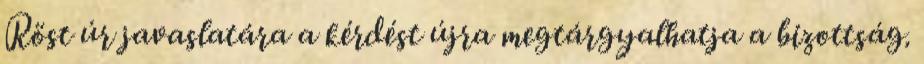
Röst úr javaslatára a kérdést újra megtárgyalhatja a bizottság.